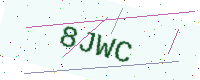
Text: 8JWC